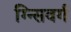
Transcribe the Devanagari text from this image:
ग्न्सिवर्ग